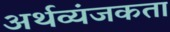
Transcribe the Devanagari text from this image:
अर्थव्यंजकता